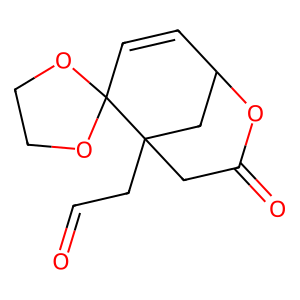
SMILES: O=CCC12CC(=O)OC(C=CC13OCCO3)C2
Inhibits HIV replication: No